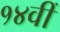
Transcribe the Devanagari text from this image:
१४वीँ